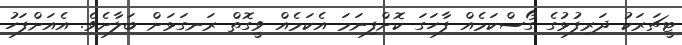
ޓީޗަރަކު ދަރިފުޅުގެ ގޯސްކަމެއް ފާހަގަ ކޮށްފިނަމަ އެކަމެއް ވީގޮތް ރަނގަޅަށް ބަލާށެވެ. އެއަށްފަހު